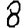
Digit: 8